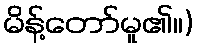
မိန့်တော်မူ၏။)